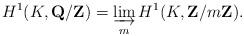
LaTeX: \begin{align*}H^{1}(K,\mathbf{Q}/\mathbf{Z})=\varinjlim_{m} H^{1}(K,\mathbf{Z}/m\mathbf{Z}). \end{align*}